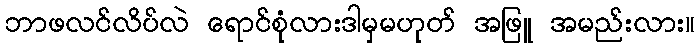
ဘာဖလင်လိပ်လဲ ရောင်စုံလားဒါမှမဟုတ် အဖြူ အမည်းလား။